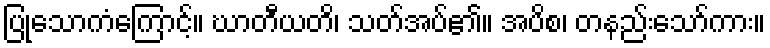
ပြုသောကံကြောင့်။ ဃာတီယတိ၊ သတ်အပ်၏။ အပိစ၊ တနည်းသော်ကား။